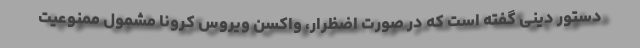
دستور دینی گفته است که در صورت اضظرار، واکسن ویروس کرونا مشمول ممنوعیت